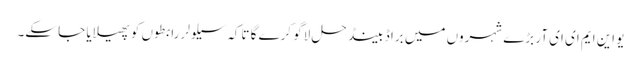
یو این ایم ای ای آر بڑے شہروں میں براڈ بینڈ حل لاگو کرے گا تاکہ سیلولر رابطوں کو پھیلایا جا سکے۔